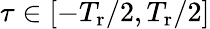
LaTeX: \tau\in[-T_{\mathrm{r}}/2,T_{\mathrm{r}}/2]